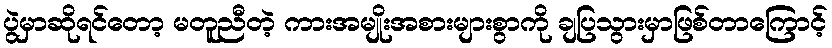
ပွဲမှာဆိုရင်တော့ မတူညီတဲ့ ကားအမျိုးအစားများစွာကို ချပြသွားမှာဖြစ်တာကြောင့်